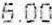
6.00